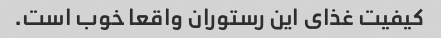
کیفیت غذای این رستوران واقعا خوب است.